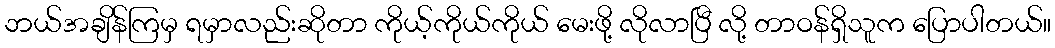
ဘယ်အချိန်ကြမှ ရမှာလည်းဆိုတာ ကိုယ့်ကိုယ်ကိုယ် မေးဖို့ လိုလာပြီ လို့ တာဝန်ရှိသူက ပြောပါတယ်။